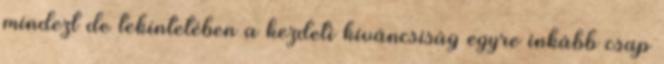
mindezt de tekintetében a kezdeti kíváncsiság egyre inkább csap